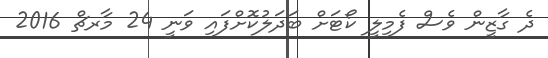
ދެ ގާޒީން ވެސް ފެމިލީ ކޯޓަށް ބަދަލުކޮށްފައި ވަނީ 24 މާރޗް 2016